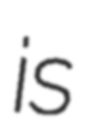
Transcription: is